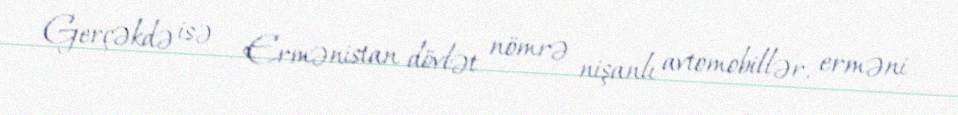
Gerçəkdə isə - Ermənistan dövlət nömrə nişanlı avtomobillər, erməni